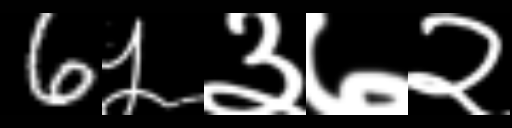
Text: 6५३७२